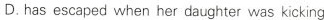
D. has escaped when her daughter was kicking